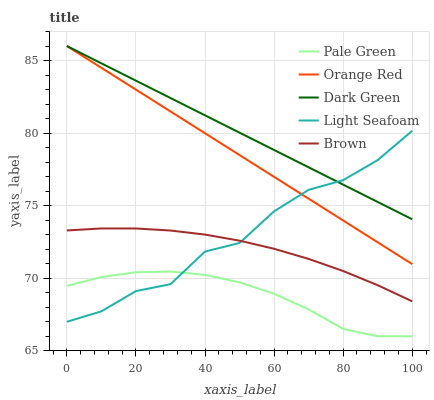
| xaxis_label | Pale Green | Orange Red | Dark Green | Light Seafoam | Brown |
 | --- | --- | --- | --- | --- | --- |
 | 0 | 69.5 | 86 | 86 | 67 | 73.3 |
 | 10 | 70.1 | 84.5 | 84.8 | 67.7 | 73.4 |
 | 20 | 70.4 | 83 | 83.6 | 69.1 | 73.4 |
 | 30 | 70.5 | 81.5 | 82.4 | 69.6 | 73.3 |
 | 40 | 70.2 | 80 | 81.2 | 71.8 | 73 |
 | 50 | 69.7 | 78.5 | 80 | 72.4 | 72.6 |
 | 60 | 68.9 | 77 | 78.8 | 74.6 | 72 |
 | 70 | 67.9 | 75.5 | 77.6 | 76.1 | 71.3 |
 | 80 | 66.5 | 74 | 76.4 | 76.8 | 70.5 |
 | 90 | 66 | 72.5 | 75.3 | 78.1 | 69.5 |
 | 100 | 66 | 71 | 74.1 | 80.2 | 68.4 |